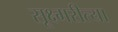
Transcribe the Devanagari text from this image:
सूक्ष्मरीत्या